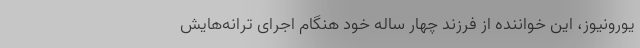
یورونیوز، این خواننده از فرزند چهار ساله خود هنگام اجرای ترانه‌هایش